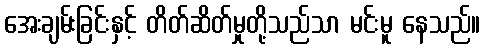
အေးချမ်းခြင်းနှင့် တိတ်ဆိတ်မှုတို့သည်သာ မင်းမူ နေသည်။